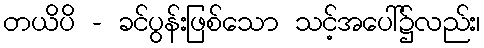
တယိပိ - ခင်ပွန်းဖြစ်သော သင့်အပေါ်၌လည်း၊